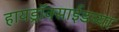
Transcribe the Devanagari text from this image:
हायड्राॅक्साईडच्या